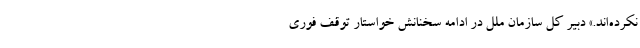
نکرده‌اند.» دبیر کل سازمان ملل در ادامه سخنانش خواستار توقف فوری